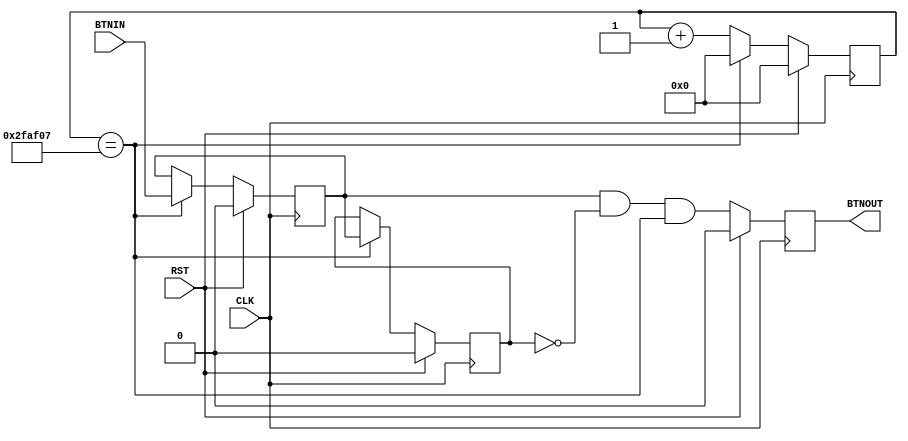
module debounce (
    input       CLK,
    input       RST,
    input       BTNIN,
    output  reg BTNOUT
);

/*125MHz40Hz*/
reg [21:0] cnt22;

wire en40hz = (cnt22==22'd3125000-1);

always @( posedge CLK ) begin
    if ( RST )
        cnt22 <= 22'h0;
    else if ( en40hz )
        cnt22 <= 22'h0;
    else
        cnt22 <= cnt22 + 22'h1;
end

/* XCb`FF2 */
reg ff1, ff2;

always @( posedge CLK ) begin
    if ( RST ) begin
        ff1 <= 1'b0;
        ff2 <= 1'b0;
    end
    else if ( en40hz ) begin
        ff2 <= ff1;
        ff1 <= BTNIN;
    end
end

wire temp = ff1 & ~ff2 & en40hz;

always @( posedge CLK ) begin
    if ( RST )
        BTNOUT <= 1'b0;
    else
        BTNOUT <= temp;
end

endmodule